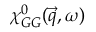
\chi _ { G G } ^ { 0 } ( \vec { q } , \omega )